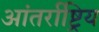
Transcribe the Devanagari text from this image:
आंतर्राष्ट्रिय